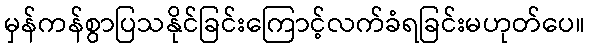
မှန်ကန်စွာပြသနိုင်ခြင်းကြောင့်လက်ခံရခြင်းမဟုတ်ပေ။